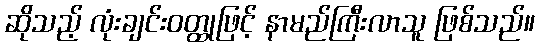
ဆိုသည့် လုံးချင်းဝတ္ထုဖြင့် နာမည်ကြီးလာသူ ဖြစ်သည်။